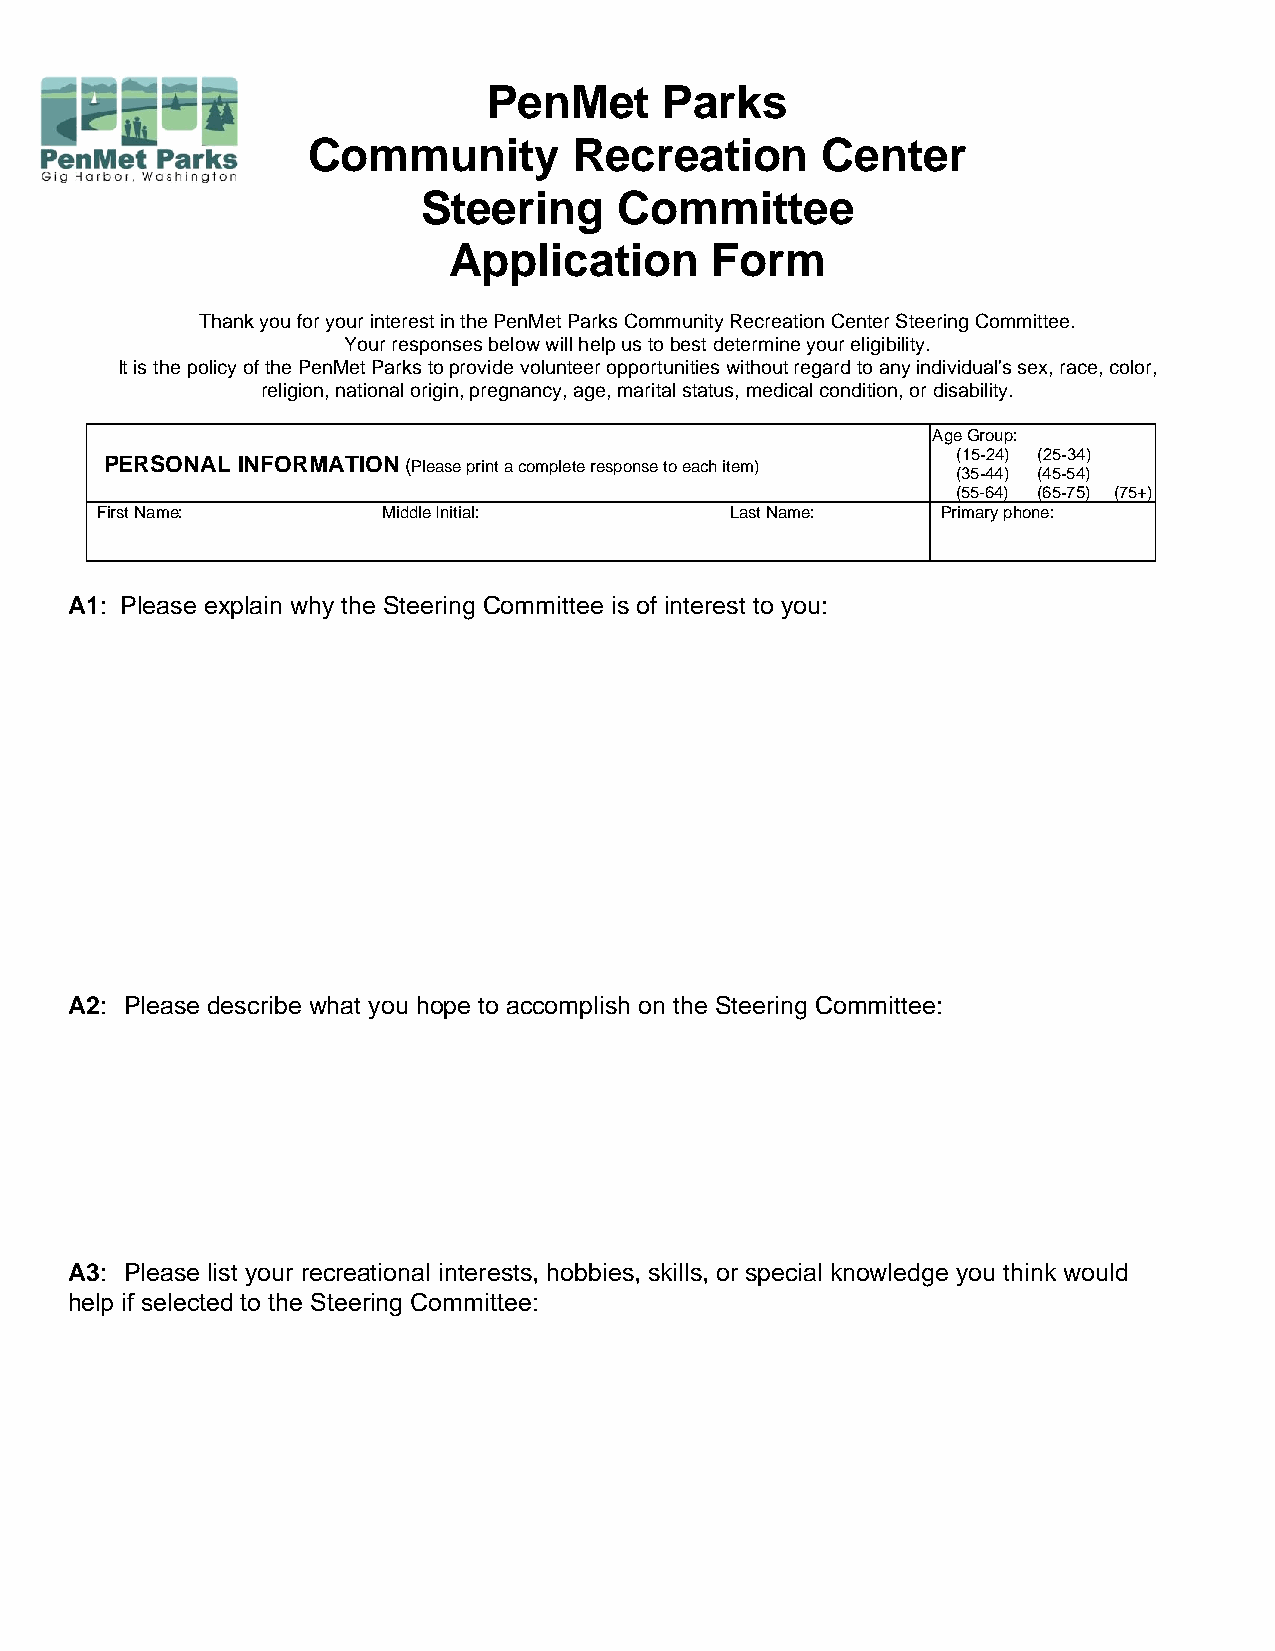
PenMet      Parks
 Community         Recreation      Center
 Steering     Committee
 Application      Form
 Thank you for your interest in the PenMet Parks Community Recreation Center Steering Committee.
 Your responses below will help us to best determine your eligibility.
 It is the policy of the PenMet Parks to provide volunteer opportunities without regard to any individual's sex, race, color,
 religion, national origin, pregnancy, age, marital status, medical condition, or disability.
 Age Group:
 PERSONAL INFORMATION (Please print a complete response to each item)
 (15-24) (25-34)
 (35-44) (45-54)
 (55-64) (65-75) (75+)
 First Name:        Middle Initial:        Last Name:    Primary phone:
 A1: Please explain why the Steering Committee is of interest to you:
 A2: Please describe what you hope to accomplish on the Steering Committee:
 A3: Please list your recreational interests, hobbies, skills, or special knowledge you think would
 help if selected to the Steering Committee: